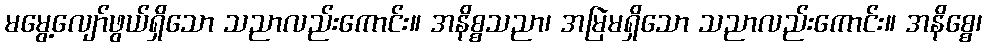
မမွေ့လျော်ဖွယ်ရှိသော သညာလည်းကောင်း။ အနိစ္စသညာ၊ အမြဲမရှိသော သညာလည်းကောင်း။ အနိစ္စေ၊